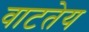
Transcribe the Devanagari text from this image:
वाटतेय